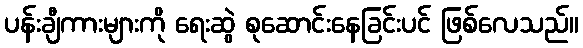
ပန်းချီကားများကို ရေးဆွဲ စုဆောင်းနေခြင်းပင် ဖြစ်လေသည်။